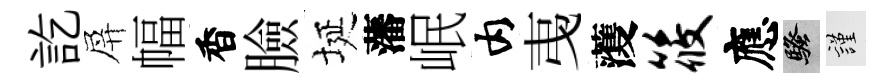
訖屏幅香臉埏藩岷内𢎯𮑮筱應騷謹